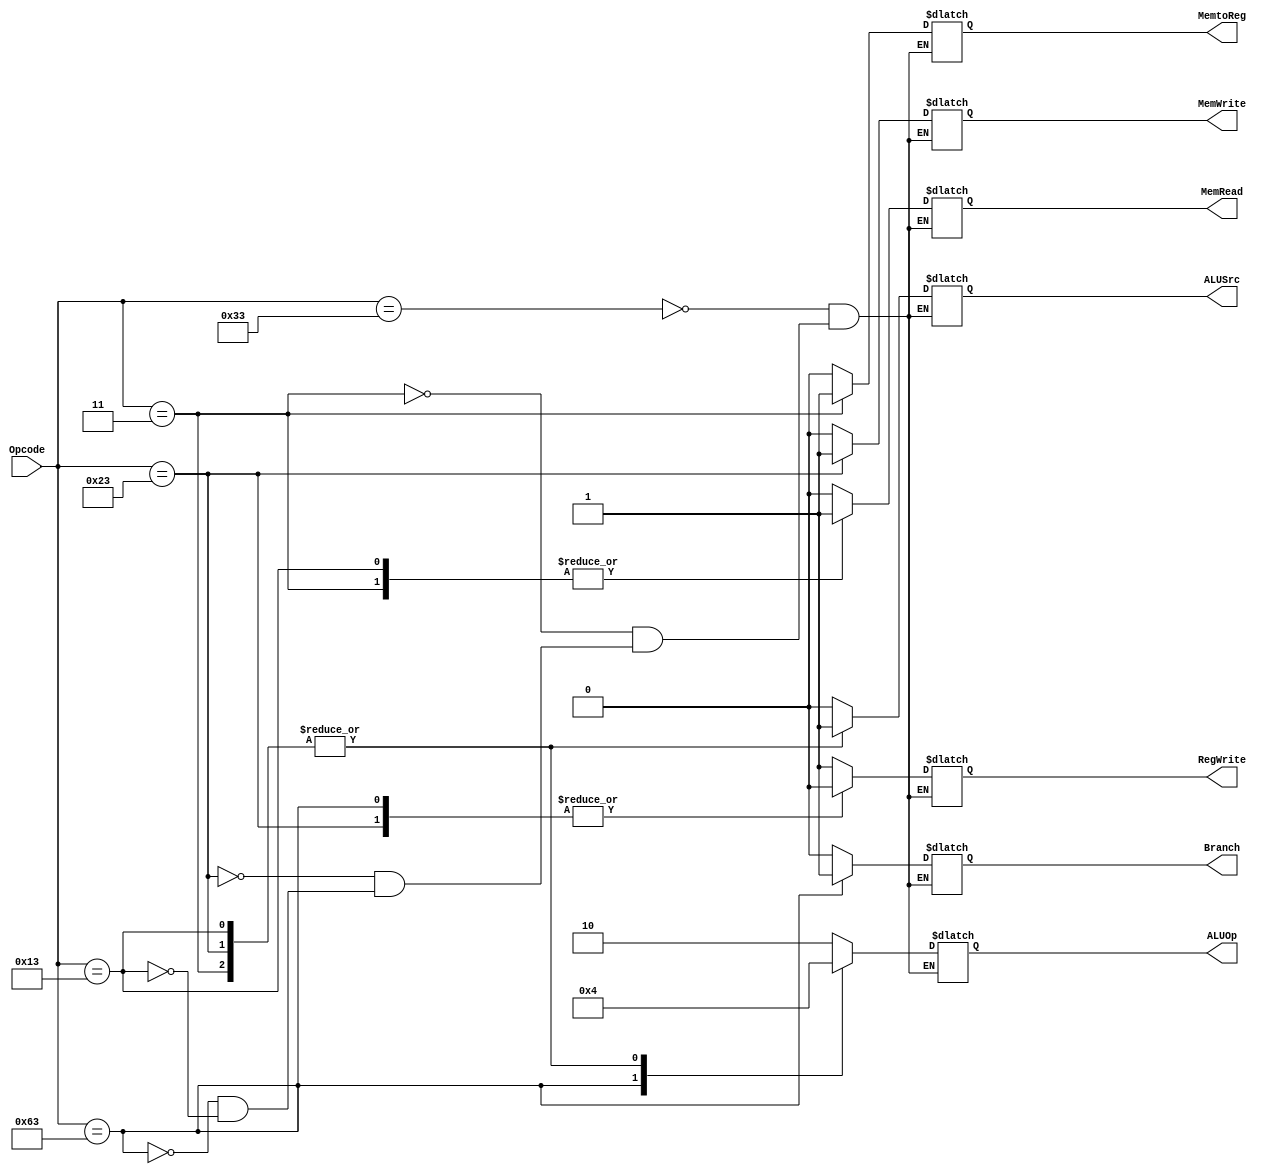
module Control_Unit
(
	input [6:0] Opcode,
	output reg [1:0] ALUOp,
	output reg Branch, MemRead, MemtoReg, MemWrite, ALUSrc, RegWrite
);

	always@(Opcode)
	begin
		case (Opcode)
		7'b0110011: 
		begin
			ALUSrc=0;
			MemtoReg=0;
			RegWrite=1;
			MemRead=0;
			MemWrite=0;
			Branch=0;
			ALUOp=2'b10;
		end

		7'b0000011: 
		begin
			ALUSrc=1;
			MemtoReg=1;
			RegWrite=1;
			MemRead=1;
			MemWrite=0;
			Branch=0;
			ALUOp=2'b00;
		end

		7'b0100011: 
		begin
			ALUSrc=1;
			MemtoReg=1'bx;
			RegWrite=0;
			MemRead=0;
			MemWrite=1;
			Branch=0;
			ALUOp=2'b00;
		end

		7'b1100011: 
		begin
			ALUSrc=0;
			MemtoReg=1'bx;
			RegWrite=0;
			MemRead=0;
			MemWrite=0;
			Branch=1;
			ALUOp=2'b01;
		end
		
		7'b0010011: 
		begin
			ALUSrc=1;
			MemtoReg=0;
			RegWrite=1;
			MemRead=1;
			MemWrite=0;
			Branch=0;
			ALUOp=2'b00;
		end
		endcase
	end

endmodule